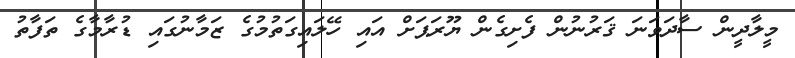
މީލާދީން ސާދަވަނަ ޤަރުނުން ފެށިގެން ޔޫރަޕަށް އައި ހޭލައިގަތުމުގެ ޒަމާނުގައި ޑުރާމާގެ ތަފާތު